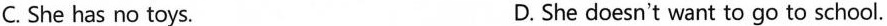
C. She has no toys. D. She doesn't want to go to school.